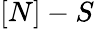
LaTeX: [N]-S